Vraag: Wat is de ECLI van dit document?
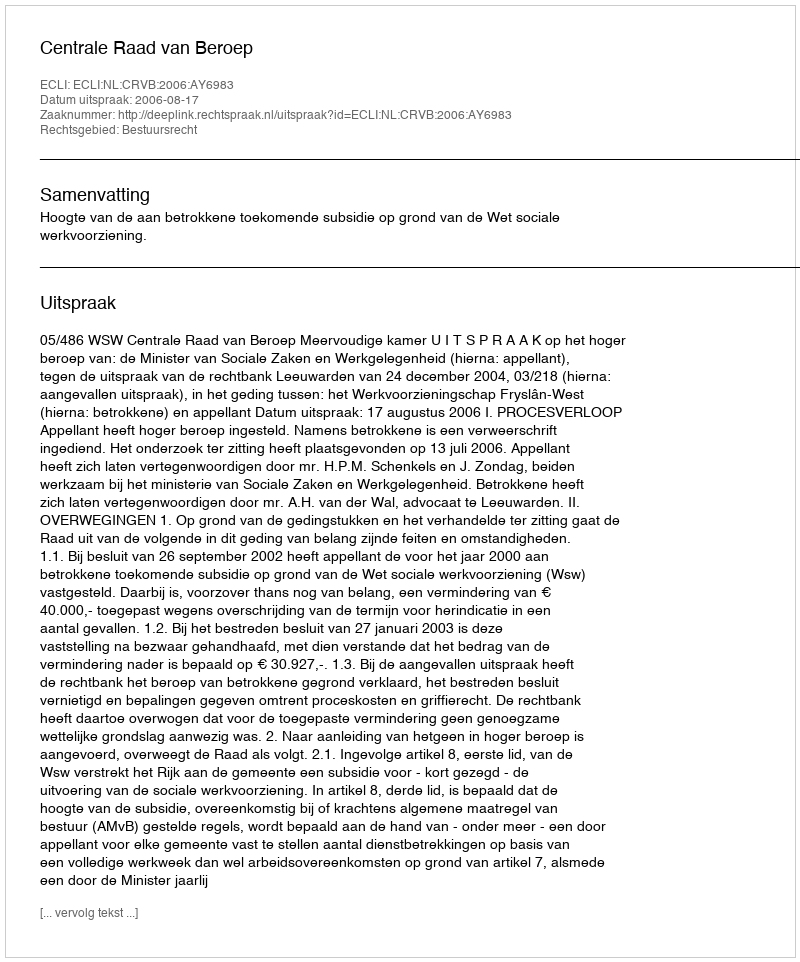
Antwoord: ECLI:NL:CRVB:2006:AY6983